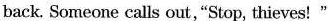
back. Someone calls out,"Stop, thieves!"